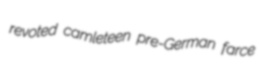
revoted camleteen pre-German farce